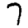
Digit: 7